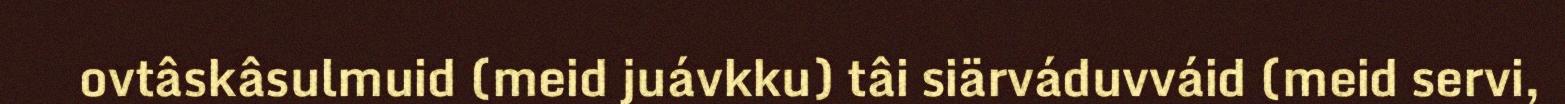
ovtâskâsulmuid (meid juávkku) tâi siärváduvváid (meid servi,